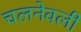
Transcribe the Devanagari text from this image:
चलनेवली